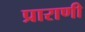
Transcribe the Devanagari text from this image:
प्राराणी